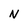
Character: N